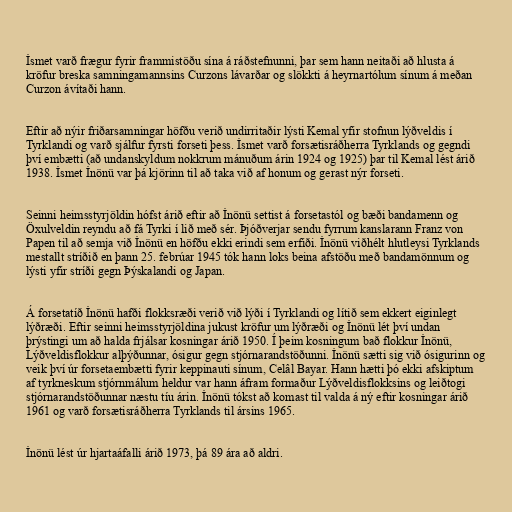
İsmet varð frægur fyrir frammistöðu sína á ráðstefnunni, þar sem hann neitaði að hlusta á
kröfur breska samningamannsins Curzons lávarðar og slökkti á heyrnartólum sínum á meðan
Curzon ávítaði hann.

Eftir að nýir friðarsamningar höfðu verið undirritaðir lýsti Kemal yfir stofnun lýðveldis í
Tyrklandi og varð sjálfur fyrsti forseti þess. İsmet varð forsætisráðherra Tyrklands og gegndi
því embætti (að undanskyldum nokkrum mánuðum árin 1924 og 1925) þar til Kemal lést árið
1938. İsmet İnönü var þá kjörinn til að taka við af honum og gerast nýr forseti.

Seinni heimsstyrjöldin hófst árið eftir að İnönü settist á forsetastól og bæði bandamenn og
Öxulveldin reyndu að fá Tyrki í lið með sér. Þjóðverjar sendu fyrrum kanslarann Franz von
Papen til að semja við İnönü en höfðu ekki erindi sem erfiði. İnönü viðhélt hlutleysi Tyrklands
mestallt stríðið en þann 25. febrúar 1945 tók hann loks beina afstöðu með bandamönnum og
lýsti yfir stríði gegn Þýskalandi og Japan.

Á forsetatíð İnönü hafði flokksræði verið við lýði í Tyrklandi og lítið sem ekkert eiginlegt
lýðræði. Eftir seinni heimsstyrjöldina jukust kröfur um lýðræði og İnönü lét því undan
þrýstingi um að halda frjálsar kosningar árið 1950. Í þeim kosningum bað flokkur İnönü,
Lýðveldisflokkur alþýðunnar, ósigur gegn stjórnarandstöðunni. İnönü sætti sig við ósigurinn og
veik því úr forsetaembætti fyrir keppinauti sínum, Celâl Bayar. Hann hætti þó ekki afskiptum
af tyrkneskum stjórnmálum heldur var hann áfram formaður Lýðveldisflokksins og leiðtogi
stjórnarandstöðunnar næstu tíu árin. İnönü tókst að komast til valda á ný eftir kosningar árið
1961 og varð forsætisráðherra Tyrklands til ársins 1965.

İnönü lést úr hjartaáfalli árið 1973, þá 89 ára að aldri.